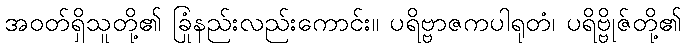
အဝတ်ရှိသူတို့၏ ခြုံနည်းလည်းကောင်း။ ပရိဗ္ဗာဇကပါရုတံ၊ ပရိဗ္ဗိုဇ်တို့၏